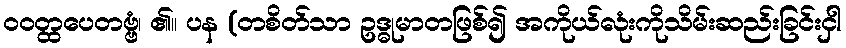
ဝဝတ္ထပေတဗ္ဗံ၊ ၏။ ပန (တစိတ်သာ ဥဒ္ဓုမာတဖြစ်၍ အကိုယ်လုံးကိုသိမ်းဆည်းခြင်းငှါ